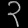
Digit: ၃